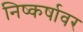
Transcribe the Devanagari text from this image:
निष्कर्षावर